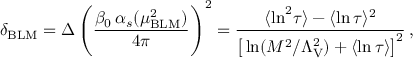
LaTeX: \delta _ { \mathrm { B L M } } = \Delta \, \Bigg ( { \frac { \beta _ { 0 } \, \alpha _ { s } ( \mu _ { \mathrm { B L M } } ^ { 2 } ) } { 4 \pi } } \Bigg ) ^ { 2 } = { \frac { \langle \ln ^ { 2 } \! \tau \rangle - \langle \ln \tau \rangle ^ { 2 } } { \big [ \ln ( M ^ { 2 } / \Lambda _ { \mathrm { V } } ^ { 2 } ) + \langle \ln \tau \rangle \big ] ^ { 2 } } } \, ,